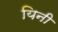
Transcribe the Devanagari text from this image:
यिनी